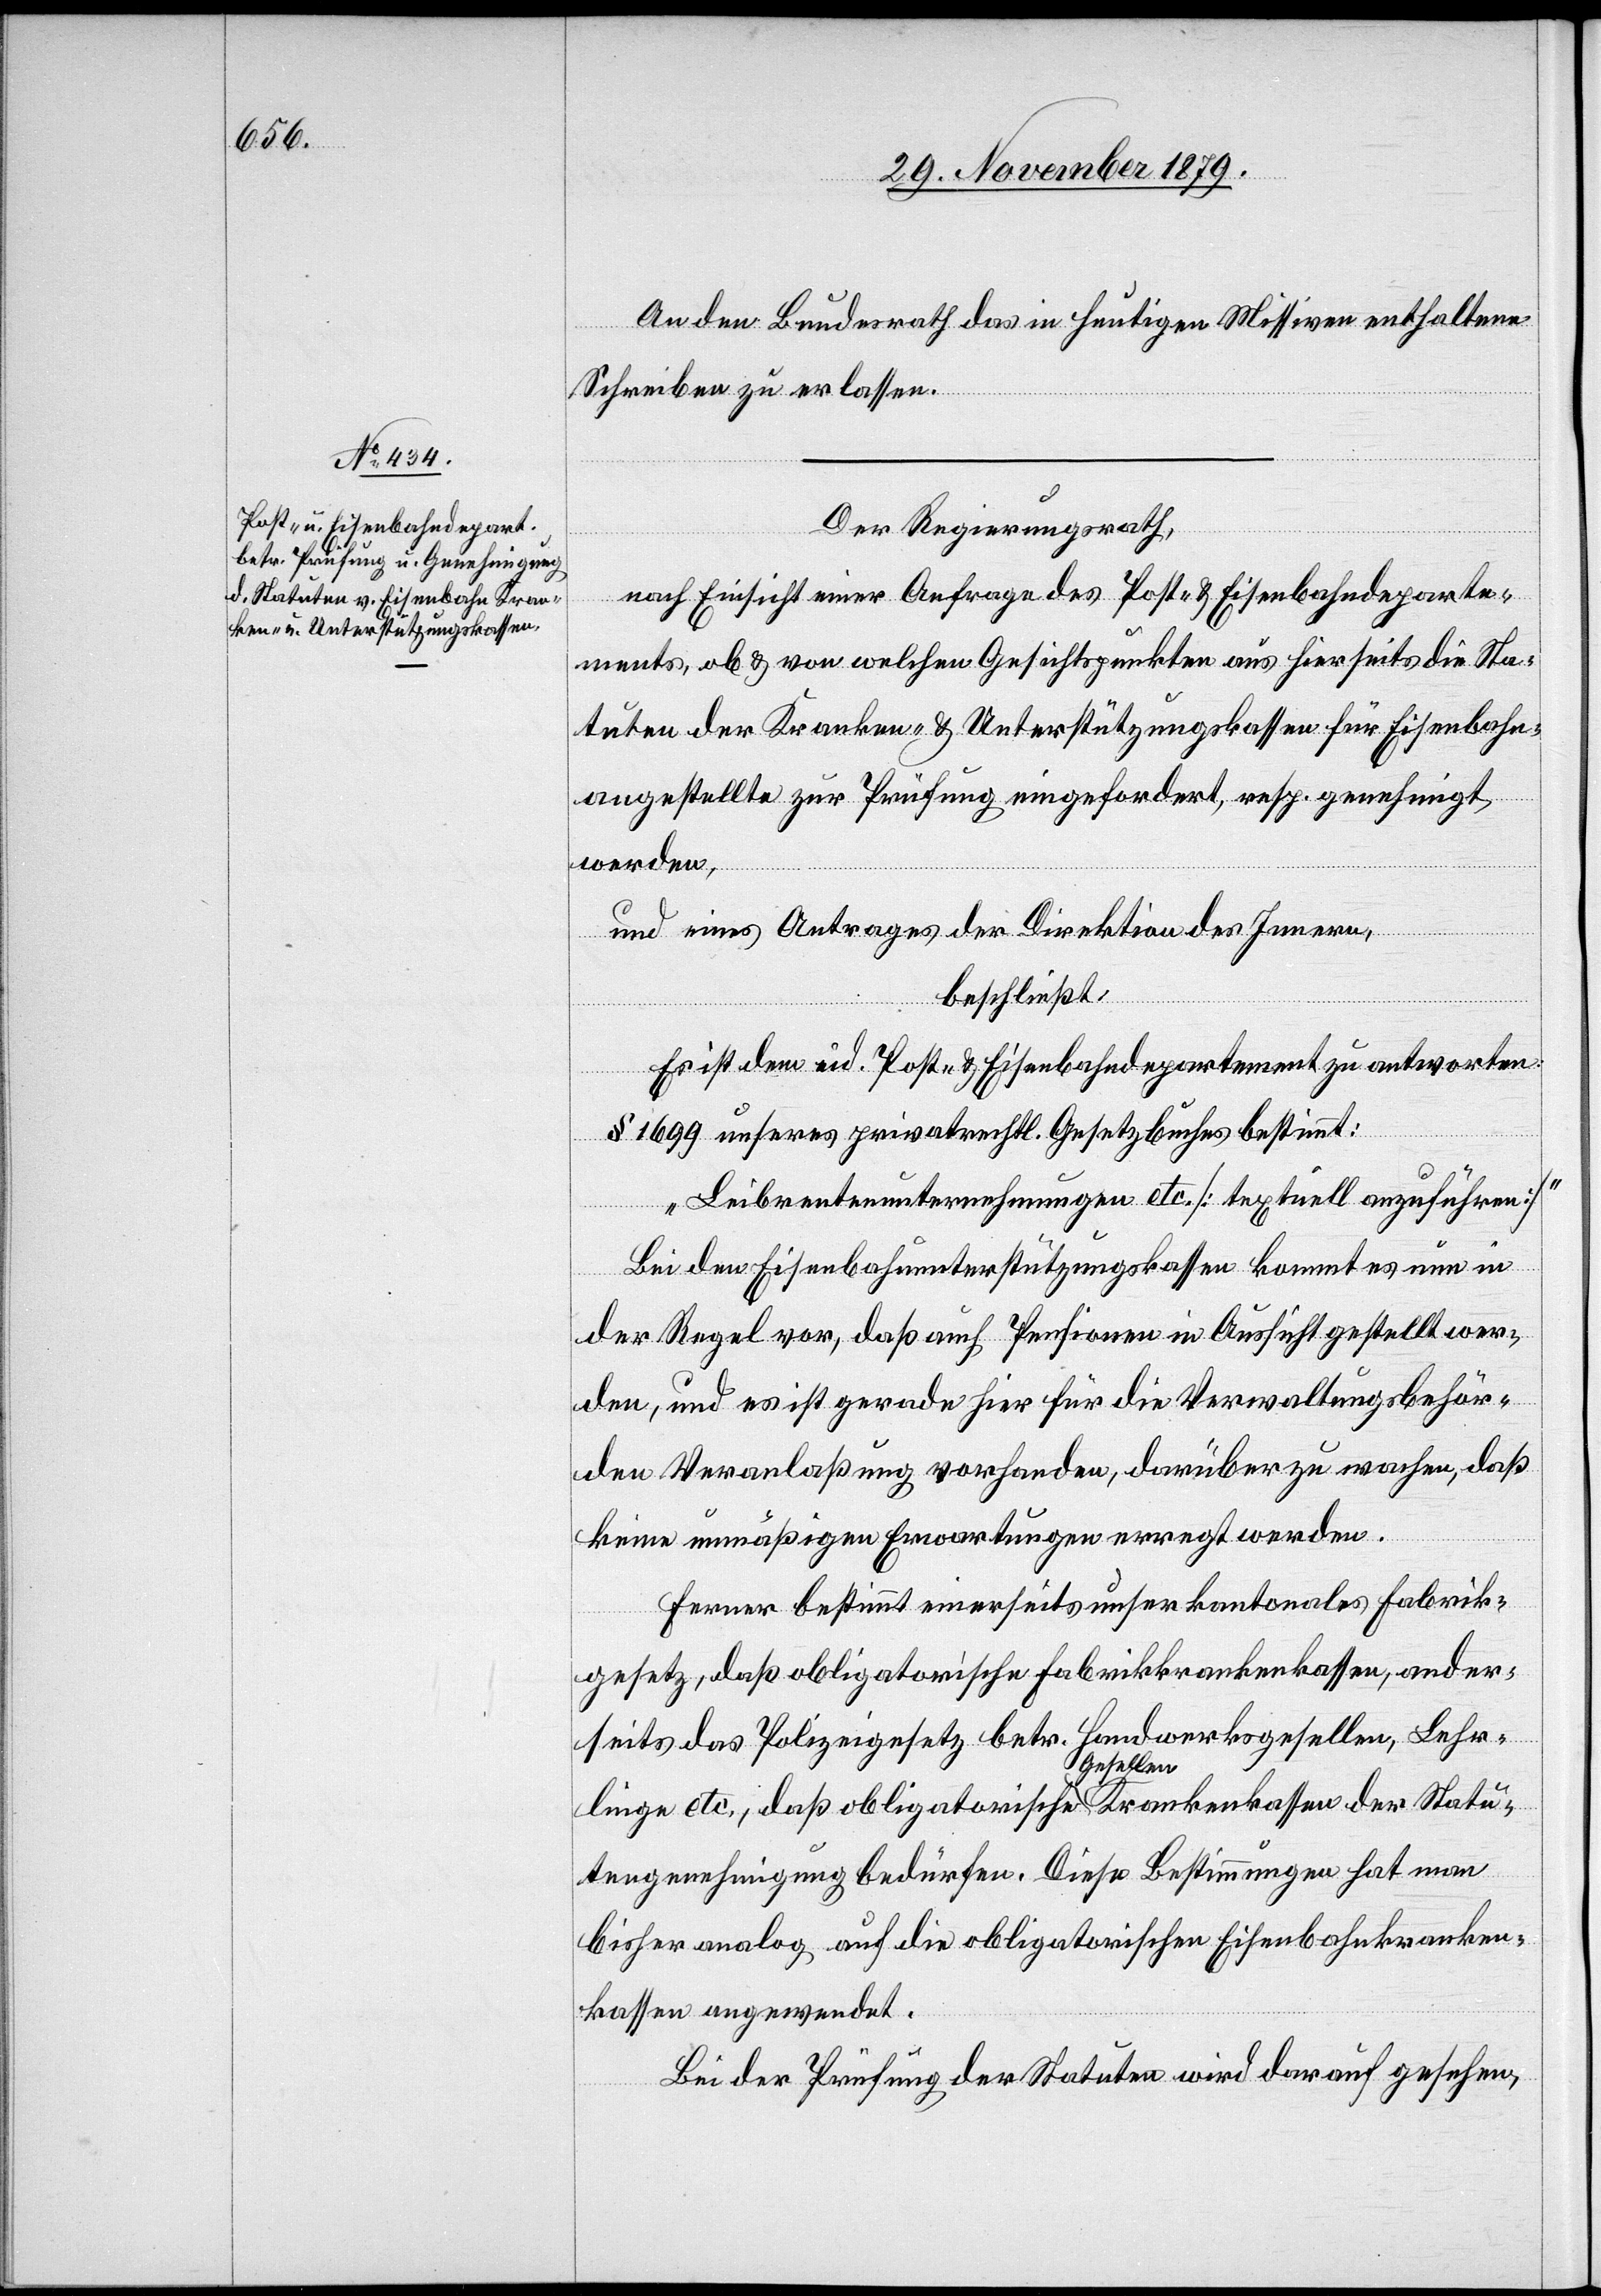
An den Bundesrath das in heutigen Missiven enthaltene
Schreiben zu erlassen.
Der Regierungsrath,
nach Einsicht einer Anfrage des Post- & Eisenbahndeparte¬
ments, ab & von welchen Gesichtspunkten aus hierseits die Sta¬
tuten der Kranken- & Unterstützungskassen für Eisenbahn¬
angestellte zur Prüfung eingefordert, resp. genehmigt
werden,
und eines Antrages der Direktion des Innern,
beschließt:
Es ist dem eid. Post- & Eisenbahndepartement zu antworten:
§ 1699 unseres privatrechtl. Gesetzbuches bestimmt:
„Leibrentnerunternehmungen etc. [textuell anzuführen]“
Bei den Eisenbahnunterstützungskassen kommt es nun in
der Regel vor, daß auch Pensionen in Aussicht gestellt wer¬
den, und es ist gerade hier für die Verwaltungsbehör¬
den Veranlaßung vorhanden, darüber zu wachen, daß
keine unmäßigen Erwartungen erregt werden.
Ferner bestimmt einerseits unser kantonales Fabrik¬
gesetz, daß obligatorische Fabrikkrankenkassen, ander¬
seits das Polizeigesetz betr. Handwerksgesellen, Lehr¬
linge etc., daß obligatorische a-Gesellen-a Krankenkassen der Statu¬
tengenehmigung bedürfen. Diese Bestimmungen hat man
bisher analog auf die obligatorischen Eisenbahnkranken¬
kassen angewandt.
Bei der Prüfung der Statuten wird darauf gesehen,